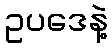
ဥပဒေနဲ့